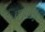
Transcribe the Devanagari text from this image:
चपलाखु